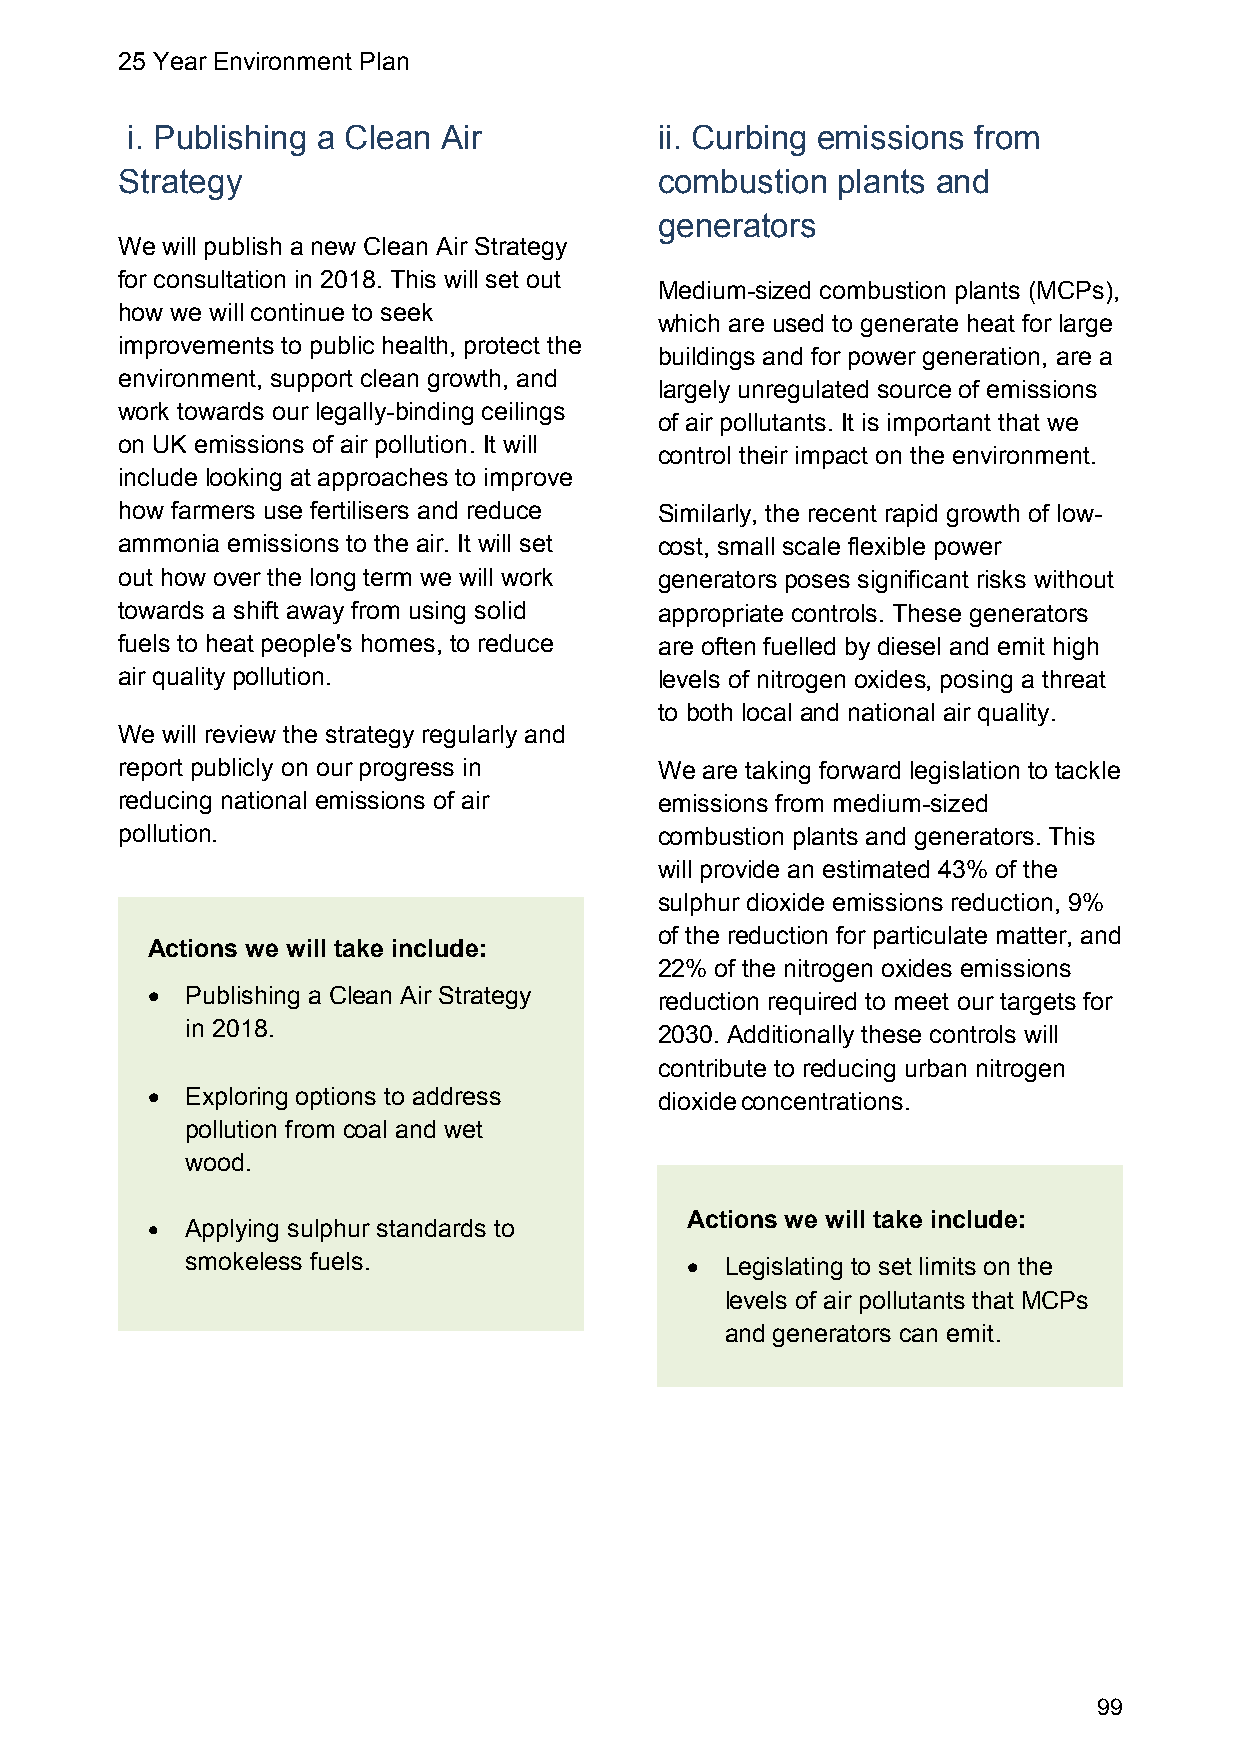
25 Year Environment Plan
 i. Publishing a Clean Air           ii. Curbing emissions from
 Strategy                            combustion plants and
 generators
 We will publish a new Clean Air Strategy
 for consultation in 2018. This will set out
 Medium-sized combustion plants (MCPs),
 how we will continue to seek
 which are used to generate heat for large
 improvements to public health, protect the
 buildings and for power generation, are a
 environment, support clean growth, and
 largely unregulated source of emissions
 work towards our legally-binding ceilings
 of air pollutants. It is important that we
 on UK emissions of air pollution. It will
 control their impact on the environment.
 include looking at approaches to improve
 how farmers use fertilisers and reduce Similarly, the recent rapid growth of low-
 ammonia emissions to the air. It will set cost, small scale flexible power
 out how over the long term we will work generators poses significant risks without
 towards a shift away from using solid appropriate controls. These generators
 fuels to heat people's homes, to reduce are often fuelled by diesel and emit high
 air quality pollution.              levels of nitrogen oxides, posing a threat
 to both local and national air quality.
 We will review the strategy regularly and
 report publicly on our progress in  We are taking forward legislation to tackle
 reducing national emissions of air  emissions from medium-sized
 pollution.                          combustion plants and generators. This
 will provide an estimated 43% of the
 sulphur dioxide emissions reduction, 9%
 of the reduction for particulate matter, and
 Actions we will take include:
 22% of the nitrogen oxides emissions
  Publishing a Clean Air Strategy
 reduction required to meet our targets for
 in 2018.
 2030. Additionally these controls will
 contribute to reducing urban nitrogen
  Exploring options to address    dioxideconcentrations.
 pollution from coal and wet
 wood.
 Actions we will take include:
  Applying sulphur standards to
 smokeless fuels.                   Legislating to set limits on the
 levels of air pollutants that MCPs
 and generators can emit.
 99